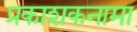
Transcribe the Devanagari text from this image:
प्रकाशकनामा